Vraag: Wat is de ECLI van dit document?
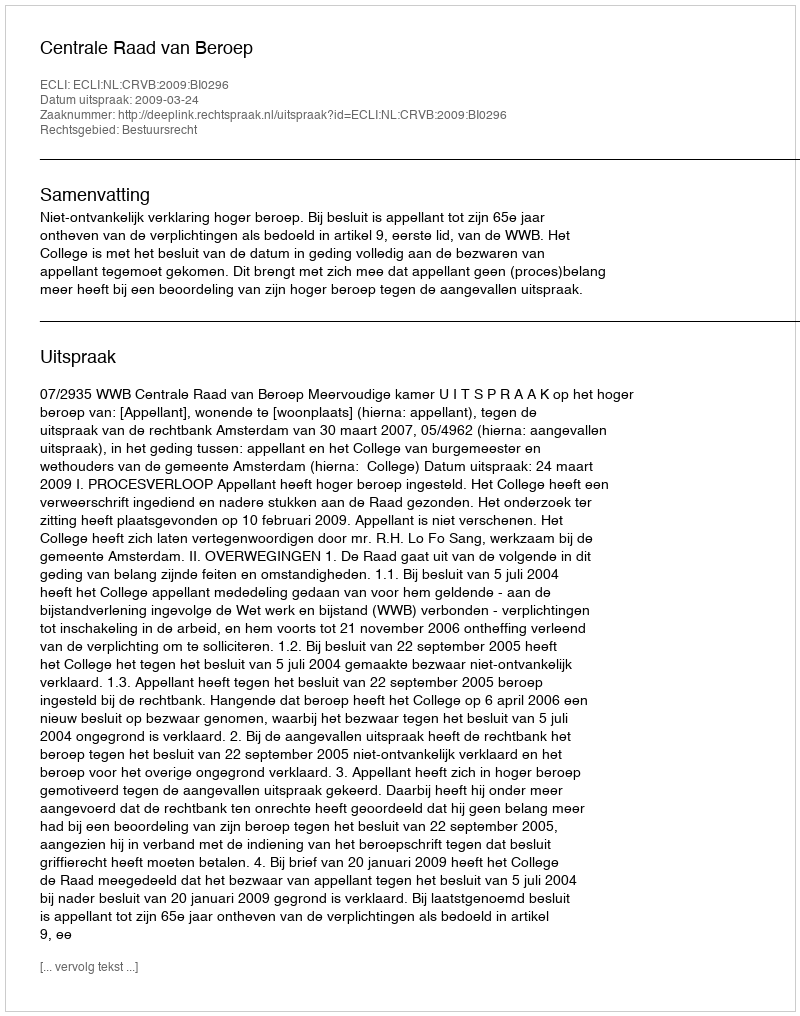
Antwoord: ECLI:NL:CRVB:2009:BI0296